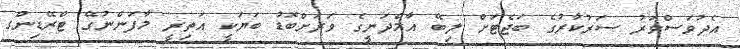
އެދުވަސްވަރު ސަރުކާރުގެ ބަޖެޓަށް ލިބޭ އާމްދަނީގެ ވަރަށްބޮޑު ބަޔަކީ އަތިރީ މާފަންނުގޭ ޓްރޭޑިންގ